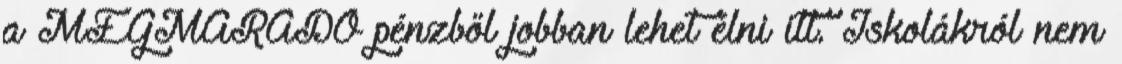
a MEGMARADÓ pénzből jobban lehet élni itt. Iskolákról nem